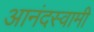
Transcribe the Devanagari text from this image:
आनंदस्वामी